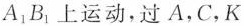
A_{1}B_{1}上运动，过A，C，K